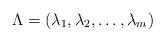
LaTeX: \begin{align*}\Lambda = (\lambda_1, \lambda_2,\ldots, \lambda_m)\end{align*}